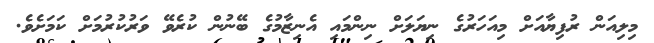
މިލިއަން ރުފިޔާއަށް މިއަހަރުގެ ނިޔަލަށް ނިންމައި އެނިޒާމުގެ ބޭނުން ކުރެވޭ ވަރުކުރުމަށް ކަމަށެވެ.